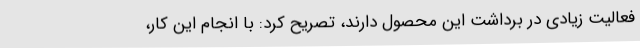
فعالیت زیادی در برداشت این محصول دارند، تصریح کرد: با انجام این کار،